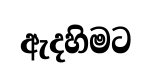
ඇදහිමට